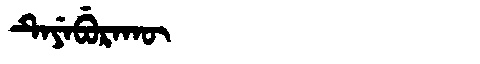
Manchu: ᡨᡝᠶᡝᠪᡠᡵᠠᡴᡡ
Romanization: TEYEBURAKŪ